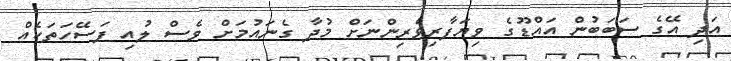
އަދި އޭގެ ސަބަބުން އައްޑޫގެ ވިޔަފާރިވެރިންނަށް މުދާ ގެނައުމަށް ވެސް ލުއި ފަސޭހަތަކެއް